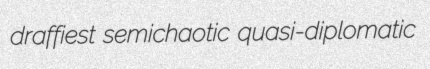
draffiest semichaotic quasi-diplomatic